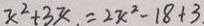
x ^ { 2 } + 3 x . = 2 x ^ { 2 } - 1 8 + 3